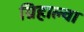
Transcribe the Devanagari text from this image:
ग्रिहाल्वा